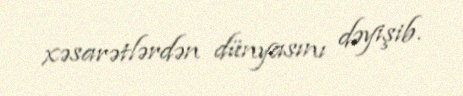
xəsarətlərdən dünyasını dəyişib.